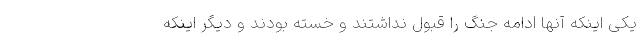
یکی اینکه آنها ادامه جنگ را قبول نداشتند و خسته بودند و دیگر اینکه